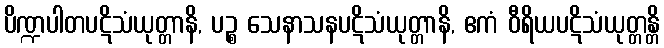
ပိဏ္ဍပါတပဋိသံယုတ္တာနိ, ပဉ္စ သေနာသနပဋိသံယုတ္တာနိ, ဧကံ ဝီရိယပဋိသံယုတ္တန္တိ